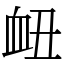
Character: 衄